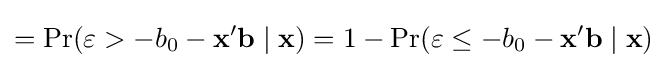
={\rm {Pr}}(\varepsilon >-b_{0}-\mathbf {x} '\mathbf {b} \mid \mathbf {x} )=1-{\rm {Pr}}(\varepsilon \leq -b_{0}-\mathbf {x} '\mathbf {b} \mid \mathbf {x} )